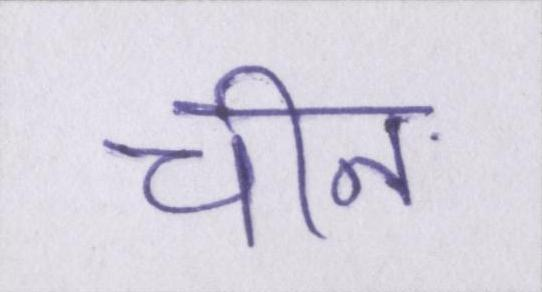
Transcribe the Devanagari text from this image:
चीन